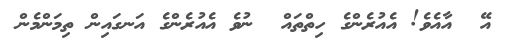
އޭ  އާއެވެ! އެއުރެންގެ ހިތްތައް  ނުވެ އެއުރެންގެ އަނގައިން ތިމަންމެން